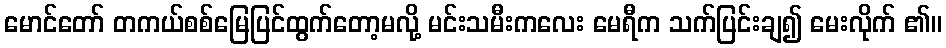
မောင်တော် တကယ်စစ်မြေပြင်ထွက်တော့မလို့ မင်းသမီးကလေး မေရီက သက်ပြင်းချ၍ မေးလိုက် ၏။